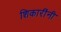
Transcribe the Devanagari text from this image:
शिकारींनी